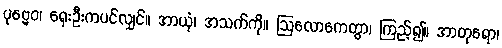
ပုဗ္ဗေဝ၊ ရှေးဦးကပင်လျှင်။ အာယုံ၊ အသက်ကို။ ဩလောကေတွာ၊ ကြည့်၍။ အာတုရော၊